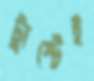
ট্রাস্টেই